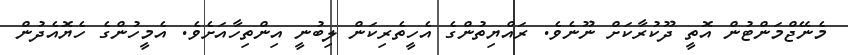
މެނޭޖްމަންޓުން އޮތީ ދޫކުރާކަށް ނޫނެވެ. ރައްޔިތުންގެ އެހީތެރިކަން ލިބުނީ އިންތިހާއަށެވެ. އެމީހުންގެ ހެޔޮއެދުން